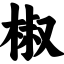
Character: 椒